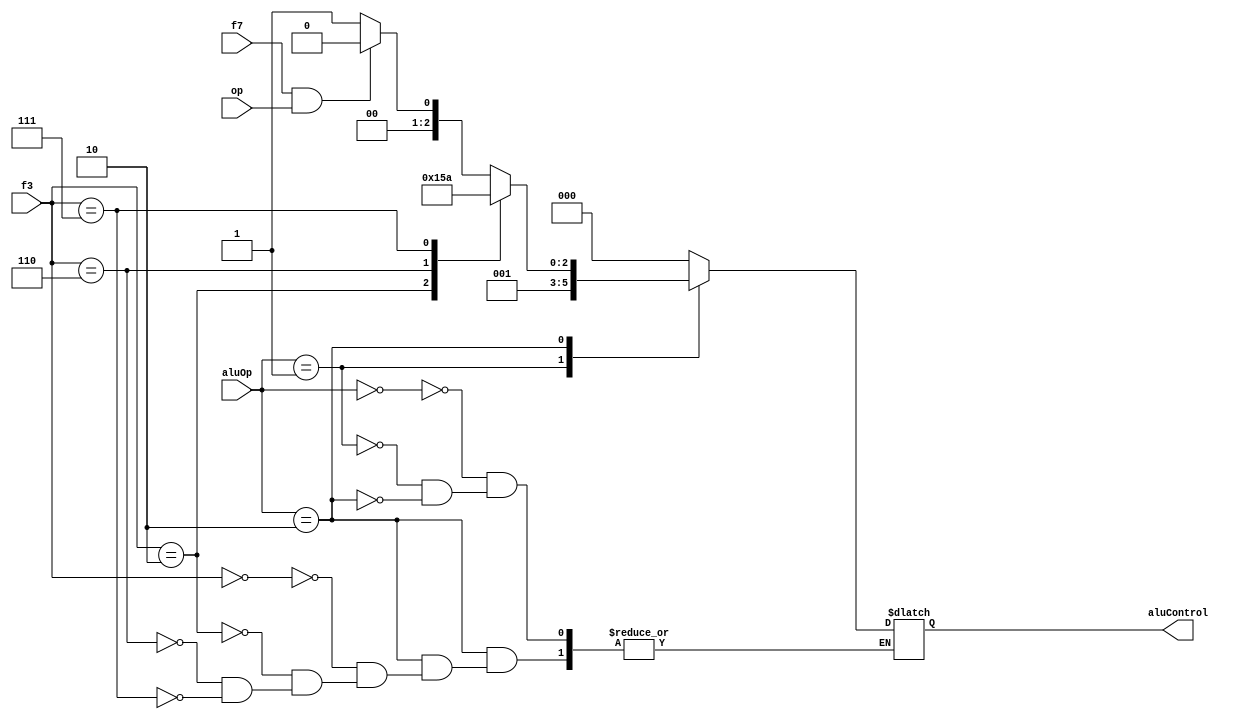
module aluDeco(
    input wire op,
    input wire f7,
    input [2:0] f3,
    input [1:0] aluOp,
    output [2:0] aluControl
);

reg[2:0] aluControlAux = 3'b000;

always @(*)
begin
    case (aluOp)
        2'b00:
            aluControlAux = 3'b000; //add
        2'b01:
            aluControlAux = 3'b001; //substract
        2'b10:
            case(f3)
                3'b000:
                    if(f7 && op)
                    begin
                        aluControlAux = 3'b000; //add
                    end else begin
                        aluControlAux = 3'b001;  //substract
                    end
                3'b010:
                    aluControlAux = 3'b101;     //set less than
                3'b110:
                    aluControlAux = 3'b011;     //or
                3'b111:
                    aluControlAux = 3'b010;     //and
            endcase
    endcase
end

assign aluControl = aluControlAux;

endmodule